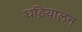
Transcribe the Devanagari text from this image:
घड़ियालन